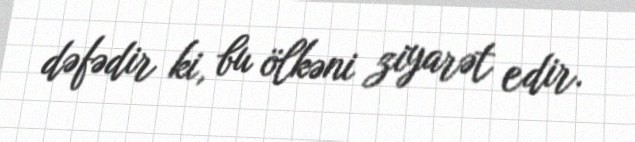
dəfədir ki, bu ölkəni ziyarət edir.